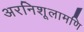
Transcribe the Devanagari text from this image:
अरनिशूलामणि